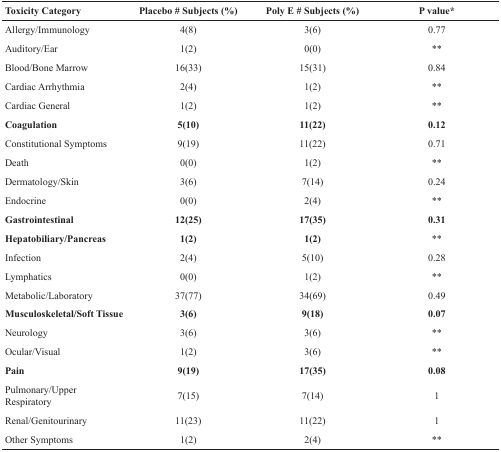
<table><thead><tr><td><b>Toxicity Category</b></td><td><b>Placebo # Subjects (%)</b></td><td><b>Poly E # Subjects (%)</b></td><td><b>P value*</b></td></tr></thead><tbody><tr><td>Allergy/Immunology</td><td>4(8)</td><td>3(6)</td><td>0.77</td></tr><tr><td>Auditory/Ear</td><td>1(2)</td><td>0(0)</td><td>**</td></tr><tr><td>Blood/Bone Marrow</td><td>16(33)</td><td>15(31)</td><td>0.84</td></tr><tr><td>Cardiac Arrhythmia</td><td>2(4)</td><td>1(2)</td><td>**</td></tr><tr><td>Cardiac General</td><td>1(2)</td><td>1(2)</td><td>**</td></tr><tr><td><b>Coagulation</b></td><td><b>5(10)</b></td><td><b>11(22)</b></td><td><b>0.12</b></td></tr><tr><td>Constitutional Symptoms</td><td>9(19)</td><td>11(22)</td><td>0.71</td></tr><tr><td>Death</td><td>0(0)</td><td>1(2)</td><td>**</td></tr><tr><td>Dermatology/Skin</td><td>3(6)</td><td>7(14)</td><td>0.24</td></tr><tr><td>Endocrine</td><td>0(0)</td><td>2(4)</td><td>**</td></tr><tr><td><b>Gastrointestinal</b></td><td><b>12(25)</b></td><td><b>17(35)</b></td><td><b>0.31</b></td></tr><tr><td><b>Hepatobiliary/Pancreas</b></td><td><b>1(2)</b></td><td><b>1(2)</b></td><td>**</td></tr><tr><td>Infection</td><td>2(4)</td><td>5(10)</td><td>0.28</td></tr><tr><td>Lymphatics</td><td>0(0)</td><td>1(2)</td><td>**</td></tr><tr><td>Metabolic/Laboratory</td><td>37(77)</td><td>34(69)</td><td>0.49</td></tr><tr><td><b>Musculoskeletal/Soft Tissue</b></td><td><b>3(6)</b></td><td><b>9(18)</b></td><td><b>0.07</b></td></tr><tr><td>Neurology</td><td>3(6)</td><td>3(6)</td><td>**</td></tr><tr><td>Ocular/Visual</td><td>1(2)</td><td>3(6)</td><td>**</td></tr><tr><td><b>Pain</b></td><td><b>9(19)</b></td><td><b>17(35)</b></td><td><b>0.08</b></td></tr><tr><td>Pulmonary/Upper Respiratory</td><td>7(15)</td><td>7(14)</td><td>1</td></tr><tr><td>Renal/Genitourinary</td><td>11(23)</td><td>11(22)</td><td>1</td></tr><tr><td>Other Symptoms</td><td>1(2)</td><td>2(4)</td><td>**</td></tr></tbody></table>